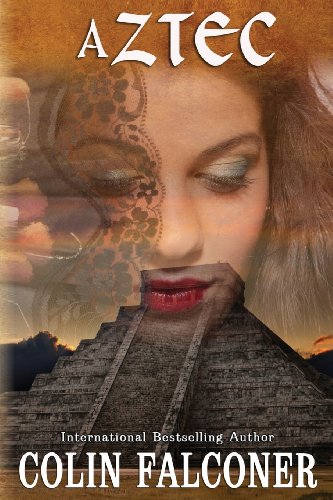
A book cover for Aztec; Colin Falconer; History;